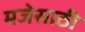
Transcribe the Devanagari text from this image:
मजेसाठी